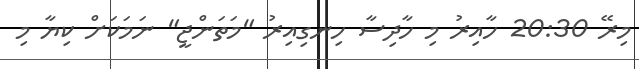
މިރޭ 20:30 ހާއިރު މި ހާދިސާ ހިނގިއިރު "މަތަންޖީ" ނަމަކަށް ކިޔާ މި